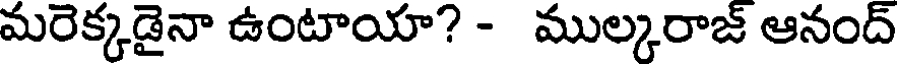
మరెక్కడైనా ఉంటాయా? - ముల్కరాజ్ ఆనంద్